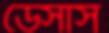
ডেসাস